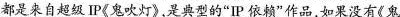
都是来自超级IP《鬼吹灯》,是典型的“IP 依赖”作品如果没有《鬼